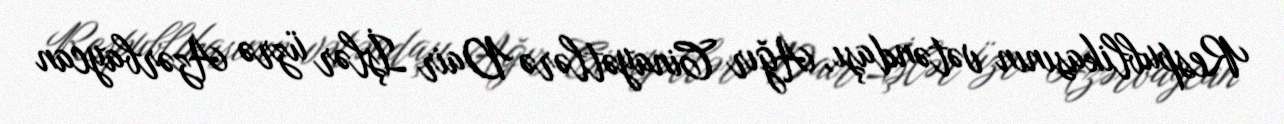
Respublikasının vətəndaşı, Ağır Cinayətlərə Dair İşlər üzrə Azərbaycan